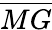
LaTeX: \overline{{MG}}